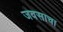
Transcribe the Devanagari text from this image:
जवसाचा